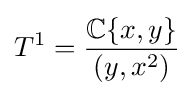
T^{1}={\frac {\mathbb {C} \{x,y\}}{(y,x^{2})}}